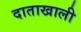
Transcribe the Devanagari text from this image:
दाताखाली